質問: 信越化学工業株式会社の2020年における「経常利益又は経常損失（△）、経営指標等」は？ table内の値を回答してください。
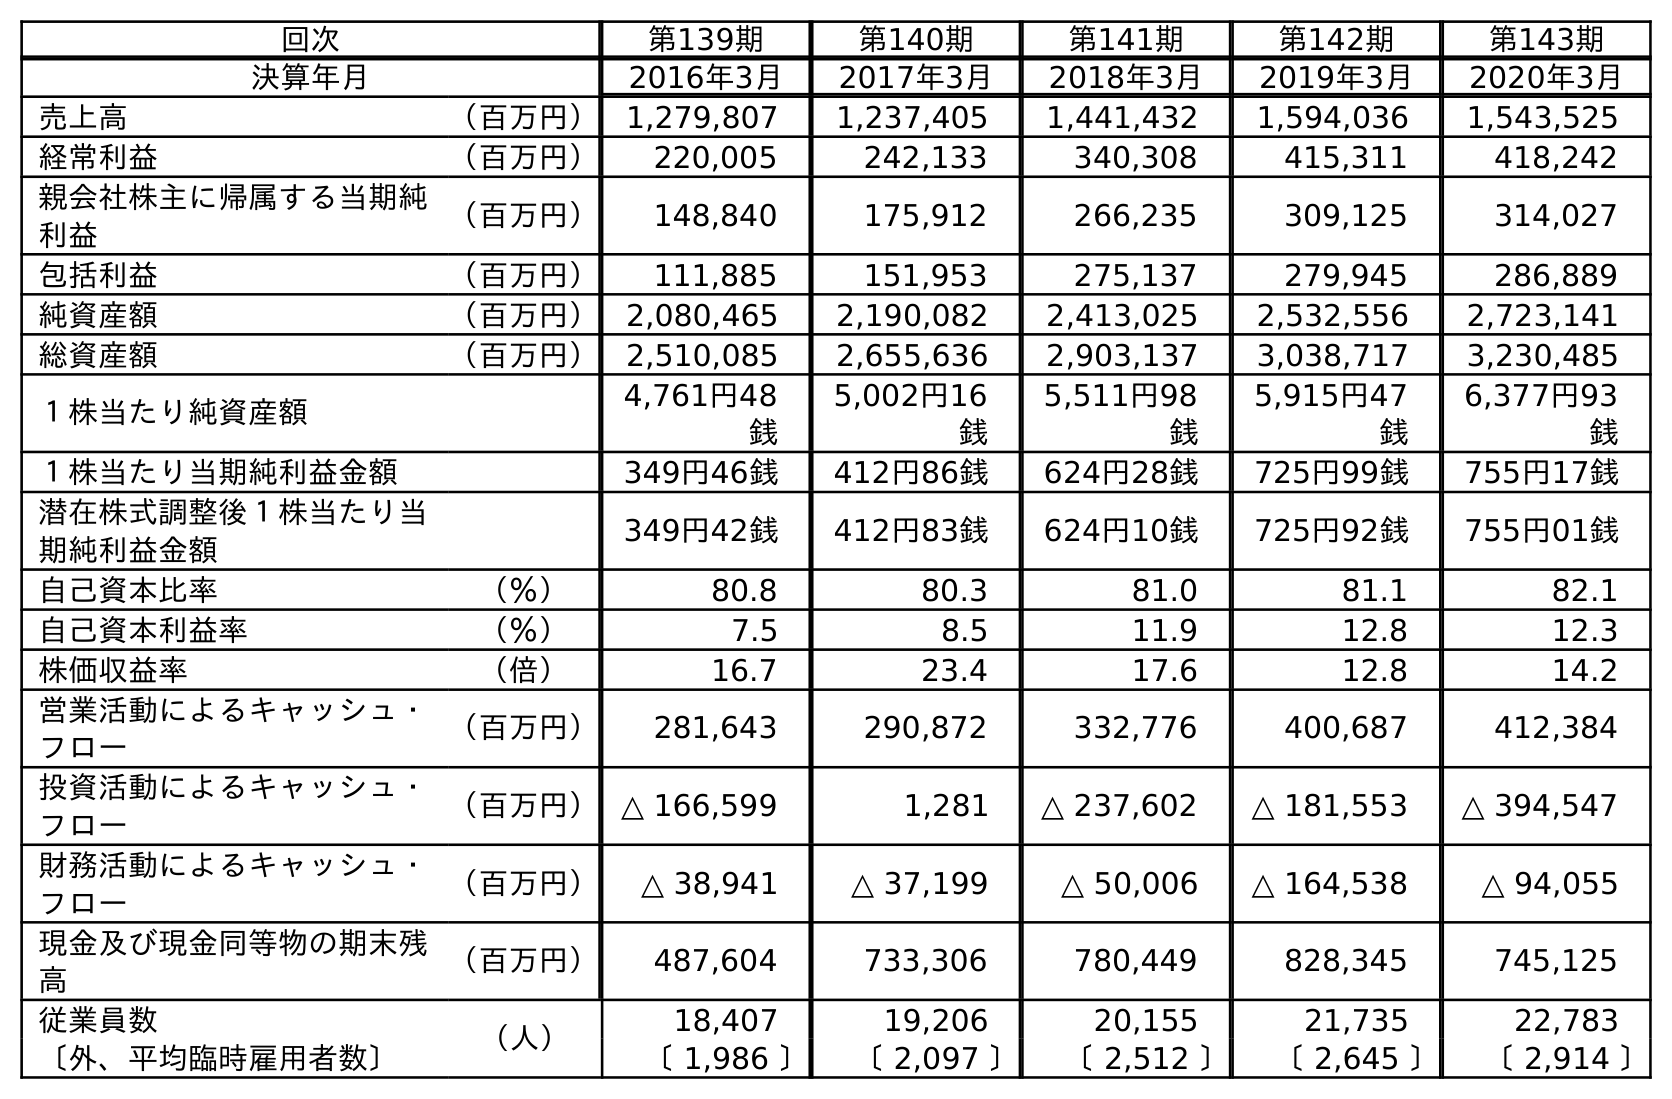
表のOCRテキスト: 回次 第139期 第140期 第141期 第142期 第143期 決算年月 2016年3月 2017年3月 2018年3月 2019年3月 2020年3月 売上高 （百万円） 1,279,807 1,237,405 1,441,432 1,594,036 1,543,525 経常利益 （百万円） 220,005 242,133 340,308 415,311 418,242 親会社株主に帰属する当期純 利益 （百万円） 148,840 175,912 266,235 309,125 314,027 包括利益 （百万円） 111,885 151,953 275,137 279,945 286,889 純資産額 （百万円） 2,080,465 2,190,082 2,413,025 2,532,556 2,723,141 総資産額 （百万円） 2,510,085 2,655,636 2,903,137 3,038,717 3,230,485 １株当たり純資産額 4,761円48 銭 5,002円16 銭 5,511円98 銭 5,915円47 銭 6,377円93 銭 １株当たり当期純利益金額 349円46銭 412円86銭 624円28銭 725円99銭 755円17銭 潜在株式調整後１株当たり当 期純利益金額 349円42銭 412円83銭 624円10銭 725円92銭 755円01銭 自己資本比率 （％） 80.8 80.3 81.0 81.1 82.1 自己資本利益率 （％） 7.5 8.5 11.9 12.8 12.3 株価収益率 （倍） 16.7 23.4 17.6 12.8 14.2 営業活動によるキャッシュ・ フロー （百万円） 281,643 290,872 332,776 400,687 412,384 投資活動によるキャッシュ・ フロー （百万円）△ 166,599 1,281 △ 237,602 △ 181,553 △ 394,547 財務活動によるキャッシュ・ フロー （百万円） △ 38,941 △ 37,199 △ 50,006 △ 164,538 △ 94,055 現金及び現金同等物の期末残 高 （百万円） 487,604 733,306 780,449 828,345 745,125 従業員数 （人） 18,407 19,206 20,155 21,735 22,783 〔外、平均臨時雇用者数〕 〔 1,986 〕 〔 2,097 〕 〔 2,512 〕 〔 2,645 〕 〔 2,914 〕
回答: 418,242